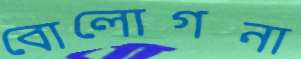
বোলোগনা